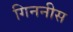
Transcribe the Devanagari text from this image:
गिननीस